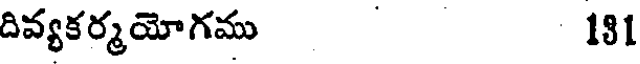
దివ్యకర్మయోగము 181